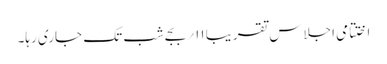
اختتامی اجلاس تقریبا ۱۱؍ بجے شب تک جاری رہا۔